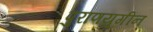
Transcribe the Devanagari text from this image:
पुराणयुगीन